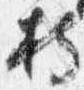
持